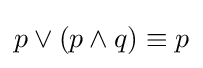
p\vee (p\wedge q)\equiv p